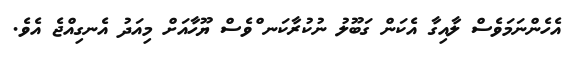
އެހެންނަމަވެސް ލާއިގާ އެކަން ގަބޫލު ނުކުރާކަނ ްވެސް ޔޫހާއަށް މިއަދު އެނގިއްޖެ އެވެ.